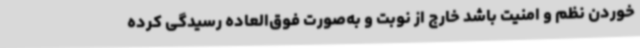
خوردن نظم و امنیت باشد خارج از نوبت و به‌صورت فوق‌العاده رسیدگی کرده